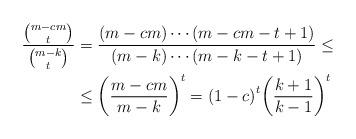
LaTeX: \begin{align*}\frac{\binom{m-cm}{t}}{\binom{m-k}{t}}&=\frac{(m-cm)\cdots(m-cm-t+1)}{(m-k)\cdots(m-k-t+1)}\leq\\&\leq{\left(\frac{m-cm}{m-k}\right)}^t={(1-c)}^t{\left(\frac{k+1}{k-1}\right)}^t\end{align*}